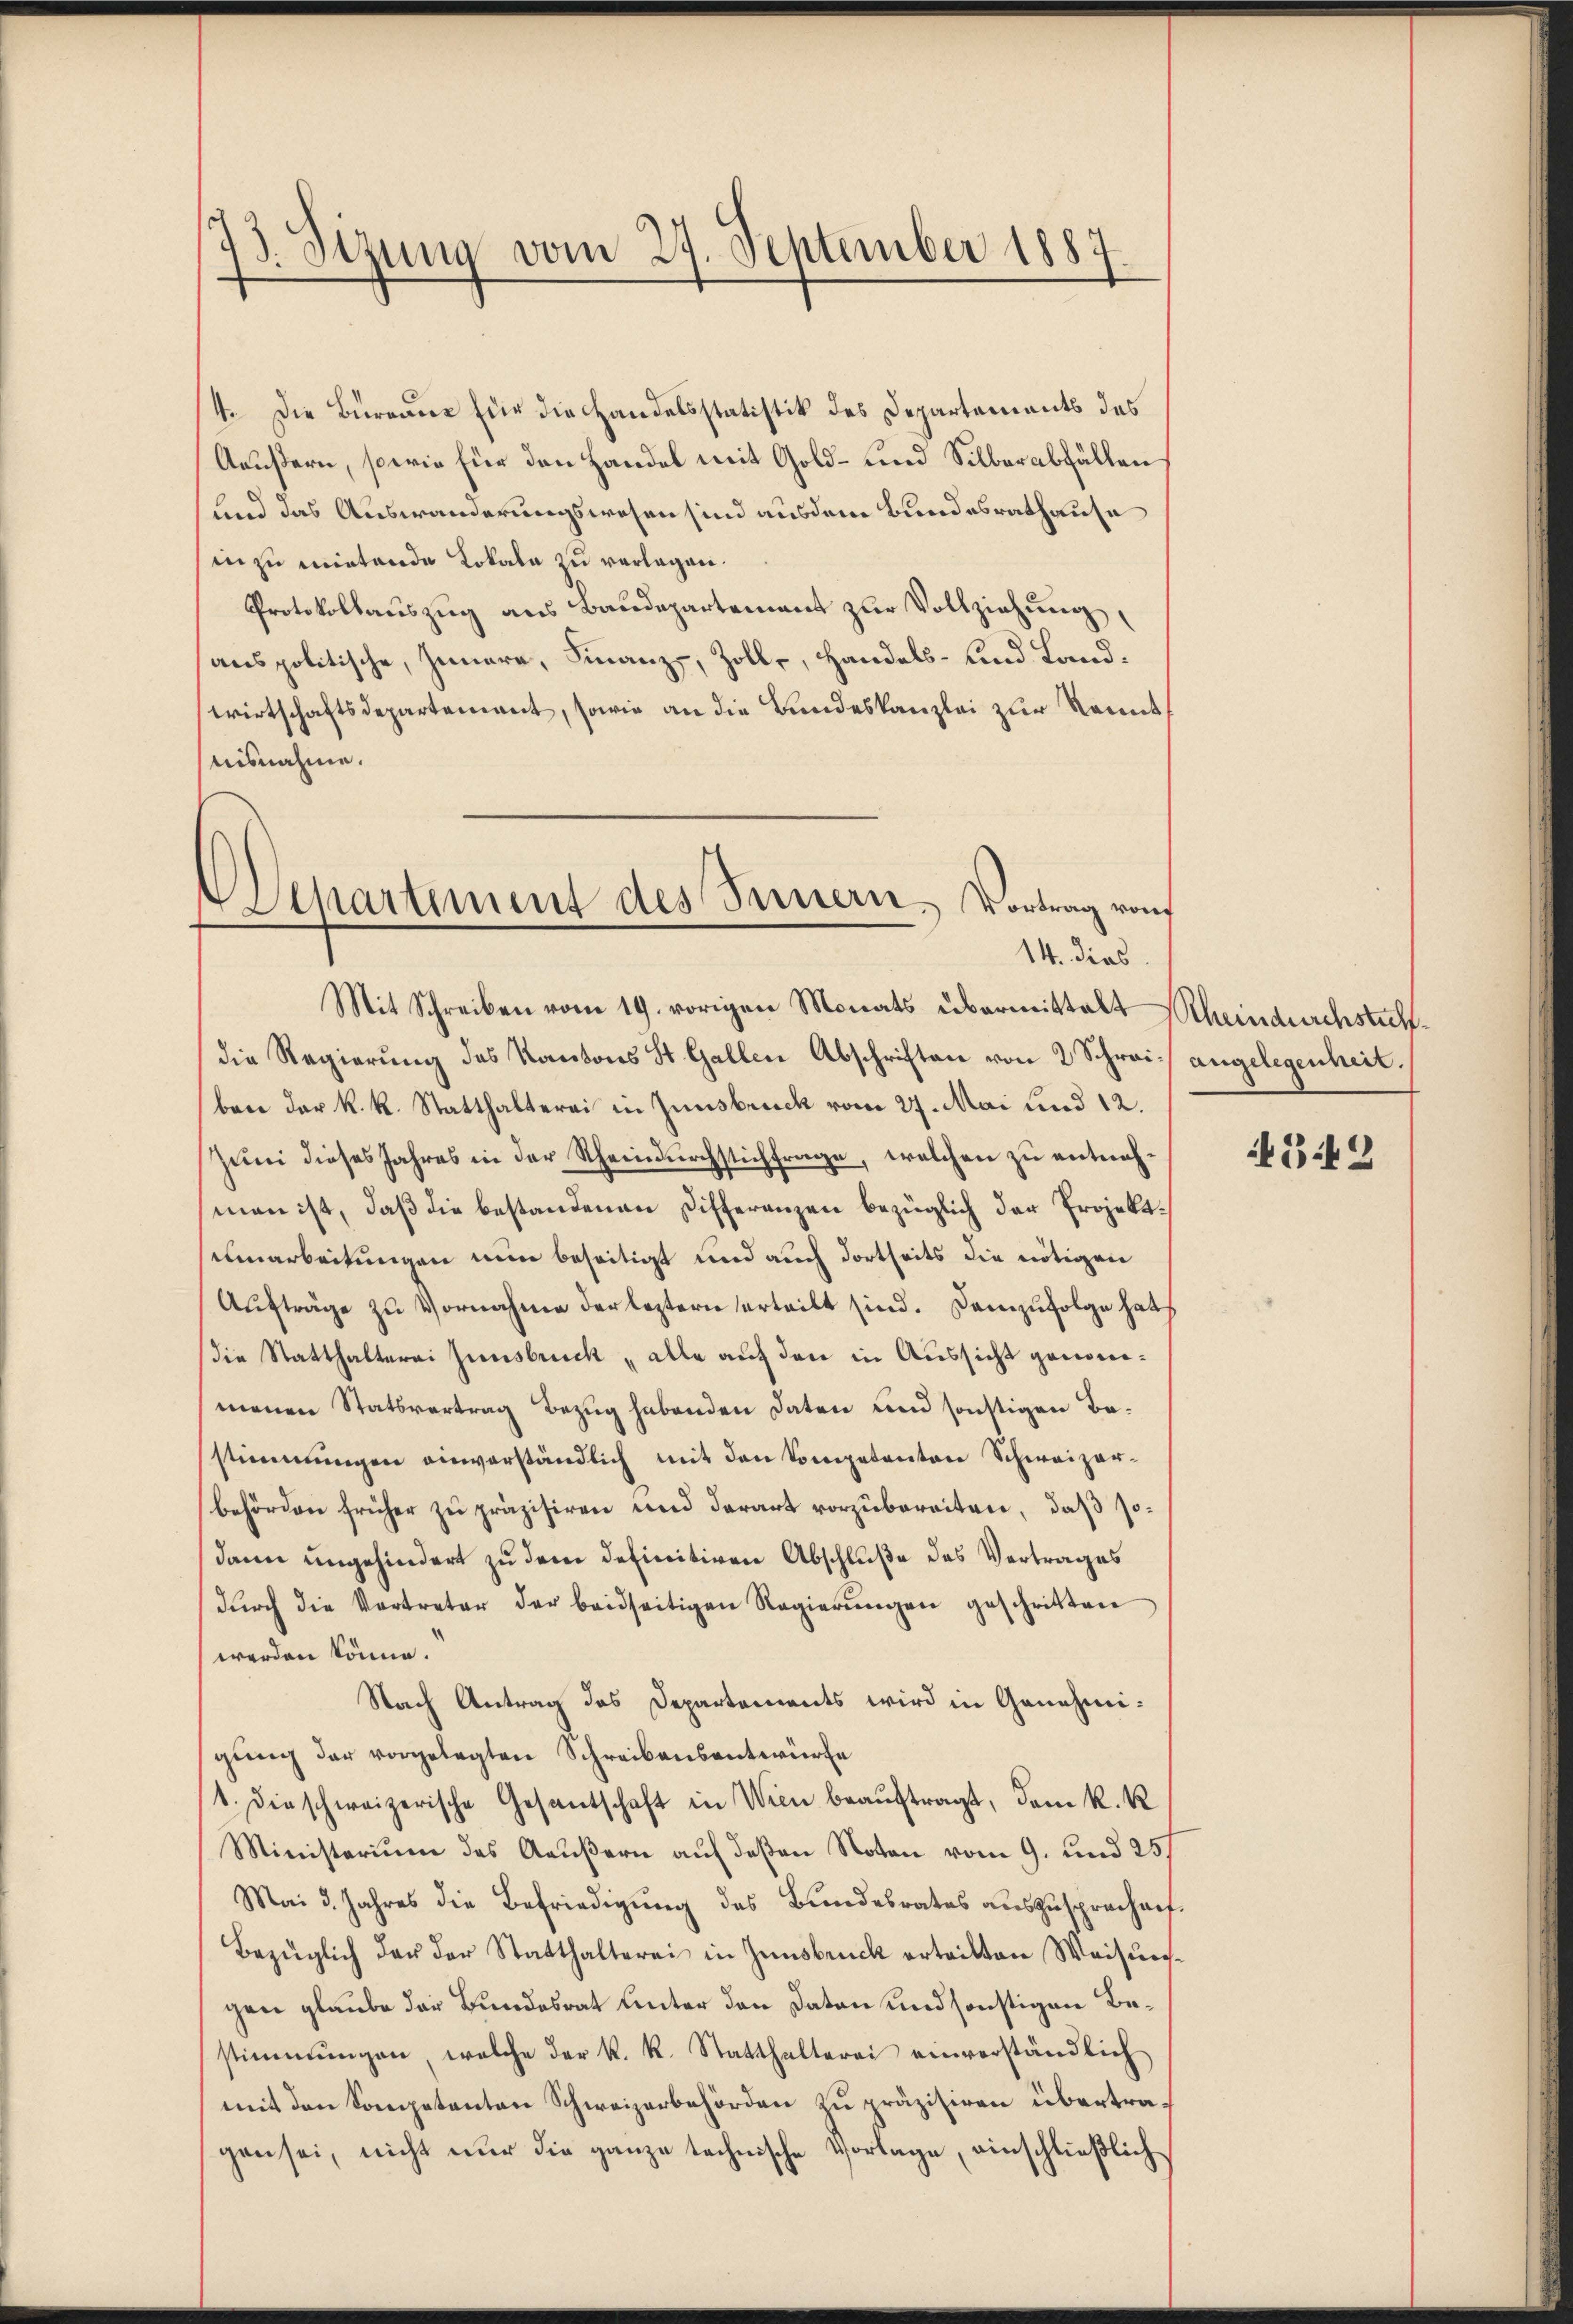
1
73. Sizung vom 27. September 1887

4. Die Burgane für die Handelsstatistik des Departements des
Aeußern, sowie für den Handel mit Gold- und Silber abfällen
und das Auswanderungswesen sind ausdem Bundesrathause
in zu mietende Lokale zu verlagen.
Protokollauszug aus Baudepartement zur Vollziehung,
anspolitische, Innere, Finanz, Zoll, Handels- und Landwirtschaftsdepartement, sowie an die Bundeskanzlei zur Kennt,
nisnahme.

Separtement des Innern. Vortrag vom
14. dies
Mit Schreiben vom 19. vorigen Monats übermittelt Scheindurchstich¬

die Regierung des Kantons St. Gallen Abschriften von 2 Schrei angelegenheit.
ben der k. k. Statthalterei in Zinsbruck vom 27. Mai und 12.
Juni dieses Jahres in der Rheindurchstichfrage, welchen zu entneh¬
(man ist, daß die bestandenen Differenzen bezüglich der Projektenarbeitungen nun beseitigt und auch dortseits die nötigen
Aufträge zu Vornahme der leztern erteilt sind. Demzufolge hat
die Statthalterei Innsbruck „alle auf den in Aussicht genommenen Statsvertrag Bezug habenden Daten und sonstigen Bestimmungen einverständlich mit den Competenton Schweizerbehörden früher zu präzisiren und derart vorzubereiten, daß sodann ungehindert zu dem definitiven Abschluße des Vertrages
dŭrch die Vortreter der beidseitigen Regierŭngen geschritten
werden könne.
Nach Antrag des Departements wird in Genehmigŭng der vorgelegten Schreibensantwürfe
1. die schweizerische Gesantschaft in Wien beauftragt, dem k. k
Ministerium des Aeŭβern aŭf deßen Noten vom 9. und 25/
Mai d. Jahres die Befriedigŭng des Bŭndesrates aŭszŭsprochen.
Bezüglich der der Statthalterei in Innsbruck erteilten Weisung
gen glaube der Bundesrat unter den Daten und sonstigen Bestimmungen, welche der k. k. Statthalterei einverständlich
mit den Sompetenten Schweizerbehörden zu präzisiren übertragen sei, nicht nur die ganze technische Vorlage, einschließlich

349